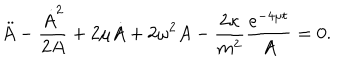
LaTeX: \ddot { A } - \frac { \dot { A } ^ { 2 } } { 2 A } + 2 \mu \dot { A } + 2 \omega ^ { 2 } A - \frac { 2 \kappa } { m ^ { 2 } } \frac { e ^ { - 4 \mu t } } { A } = 0 .